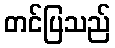
တင်ပြသည်